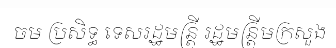
ចម ប្រសិទ្ធ ទេសរដ្ឋមន្ត្រី រដ្ឋមន្ត្រីមក្រសួង